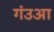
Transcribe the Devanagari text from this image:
गंउआ